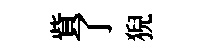
貲了猊